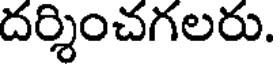
దర్శించగలరు.